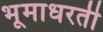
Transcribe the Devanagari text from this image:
भूमाधरती